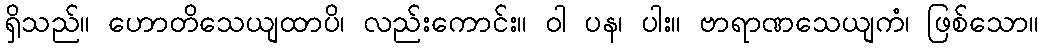
ရှိသည်။ ဟောတိသေယျထာပိ၊ လည်းကောင်း။ ဝါ ပန၊ ပါး။ ဗာရာဏသေယျကံ၊ ဖြစ်သော။